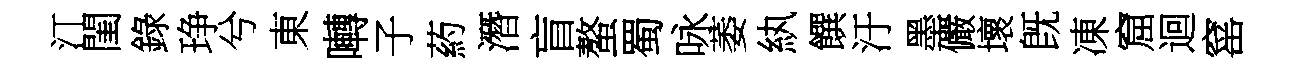
汀閨錄琤兮東囀子葯潛盲螯蜀咏萎紈饌汙墨儼壞旣凍窟迴窰